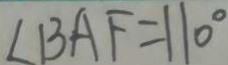
\angle B A F = 1 1 0 ^ { \circ }